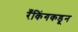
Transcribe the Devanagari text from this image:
रँकिंगकडून